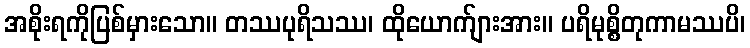
အစိုးရကိုပြစ်မှားသော။ တဿပုရိသဿ၊ ထိုယောက်ျားအား။ ပရိမုစ္စိတုကာမဿပိ၊